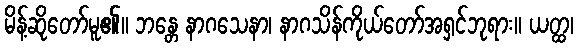
မိန့်ဆိုတော်မူ၏။ ဘန္တေ နာဂသေနာ၊ နာဂသိန်ကိုယ်တော်အရှင်ဘုရား။ ယတ္ထ၊